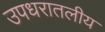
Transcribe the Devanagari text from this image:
उपधरातलीय